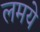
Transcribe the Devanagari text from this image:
लमये